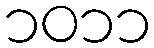
၁၀၁၁